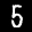
Label: 5